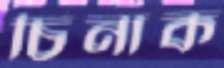
চিনাক